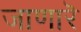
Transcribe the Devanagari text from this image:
जाणारॆ